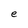
Character: e